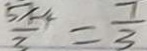
\frac { 5 x + 4 } { 3 } = \frac { 7 } { 3 }